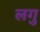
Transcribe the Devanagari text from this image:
लगु